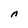
Character: n